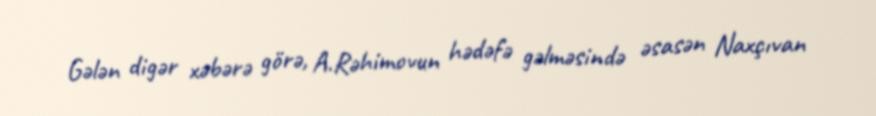
Gələn digər xəbərə görə, A.Rəhimovun hədəfə gəlməsində əsasən Naxçıvan